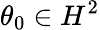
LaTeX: \theta_{0}\in H^{2}